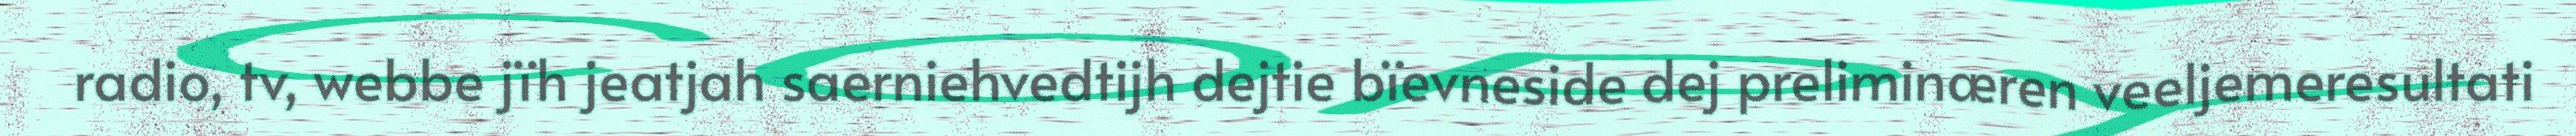
radio, tv, webbe jïh jeatjah saerniehvedtijh dejtie bïevneside dej preliminæren veeljemeresultati